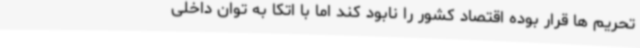
تحریم ها قرار بوده اقتصاد کشور را نابود کند اما با اتکا به توان داخلی